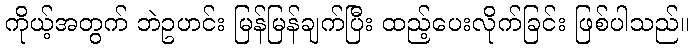
ကိုယ့်အတွက် ဘဲဥဟင်း မြန်မြန်ချက်ပြီး ထည့်ပေးလိုက်ခြင်း ဖြစ်ပါသည်။